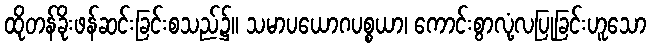
ထိုတန်ခိုးဖန်ဆင်းခြင်းစသည်၌။ သမာပယောဂပစ္စယာ၊ ကောင်းစွာလုံ့လပြုခြင်းဟူသော